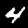
Label: 4